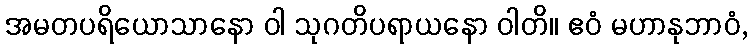
အမတပရိယောသာနော ဝါ သုဂတိပရာယနော ဝါတိ။ ဧဝံ မဟာနုဘာဝံ,